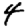
Digit: 4